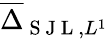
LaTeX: \overline{{\Delta}}_{\mathrm{~S~J~L~},L^{1}}